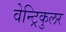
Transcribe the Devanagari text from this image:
वेन्ट्रिकुलर